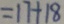
= 1 7 + 1 8